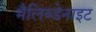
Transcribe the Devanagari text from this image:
मैलिब्डेनाइट